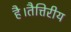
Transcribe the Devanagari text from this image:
है।तैत्तिरीय